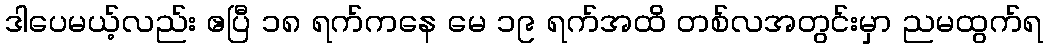
ဒါပေမယ့်လည်း ဧပြီ ၁၈ ရက်ကနေ မေ ၁၉ ရက်အထိ တစ်လအတွင်းမှာ ညမထွက်ရ